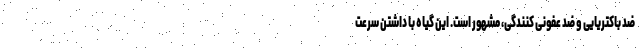
ضد باکتریایی و ضد عفونی کنندگی، مشهور است. این گیاه با داشتن سرعت